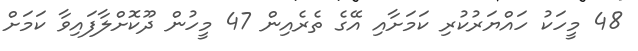
48 މީހަކު ހައްޔަރުކުރި ކަމަށާއި އޭގެ ތެރެއިން 47 މީހުން ދޫކޮށްލާފައިވާ ކަމަށް